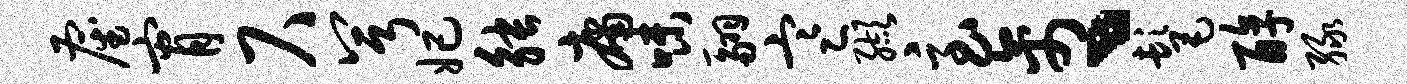
雇宵尺兮妃觖庸味翮寒缬急禽丶髦醇绿